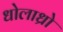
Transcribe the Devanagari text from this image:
धोलाध्रो